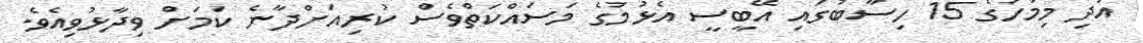
އަދި މިމަހުގެ 15 ހިސާބުގައި އޭބީސީ އެޅުމުގެ މަސައްކަތްވެސް ކުރިއަށްދާނެ ކަމަށް ވިދާޅުވިއެވެ.